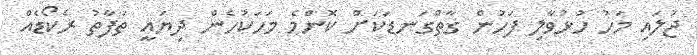
ޖުލައި މަހު ހުޅުވާލި ފަހުން ގާތްގަނޑަކަށް ކޮންމެ މަހަކުހެން ދިޔައީ ތަފާތު ރެކޯޑެއް